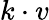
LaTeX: k\cdot v